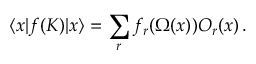
\langle x | f ( K ) | x \rangle = \sum _ { r } f _ { r } ( \Omega ( x ) ) { \cal O } _ { r } ( x ) \, .